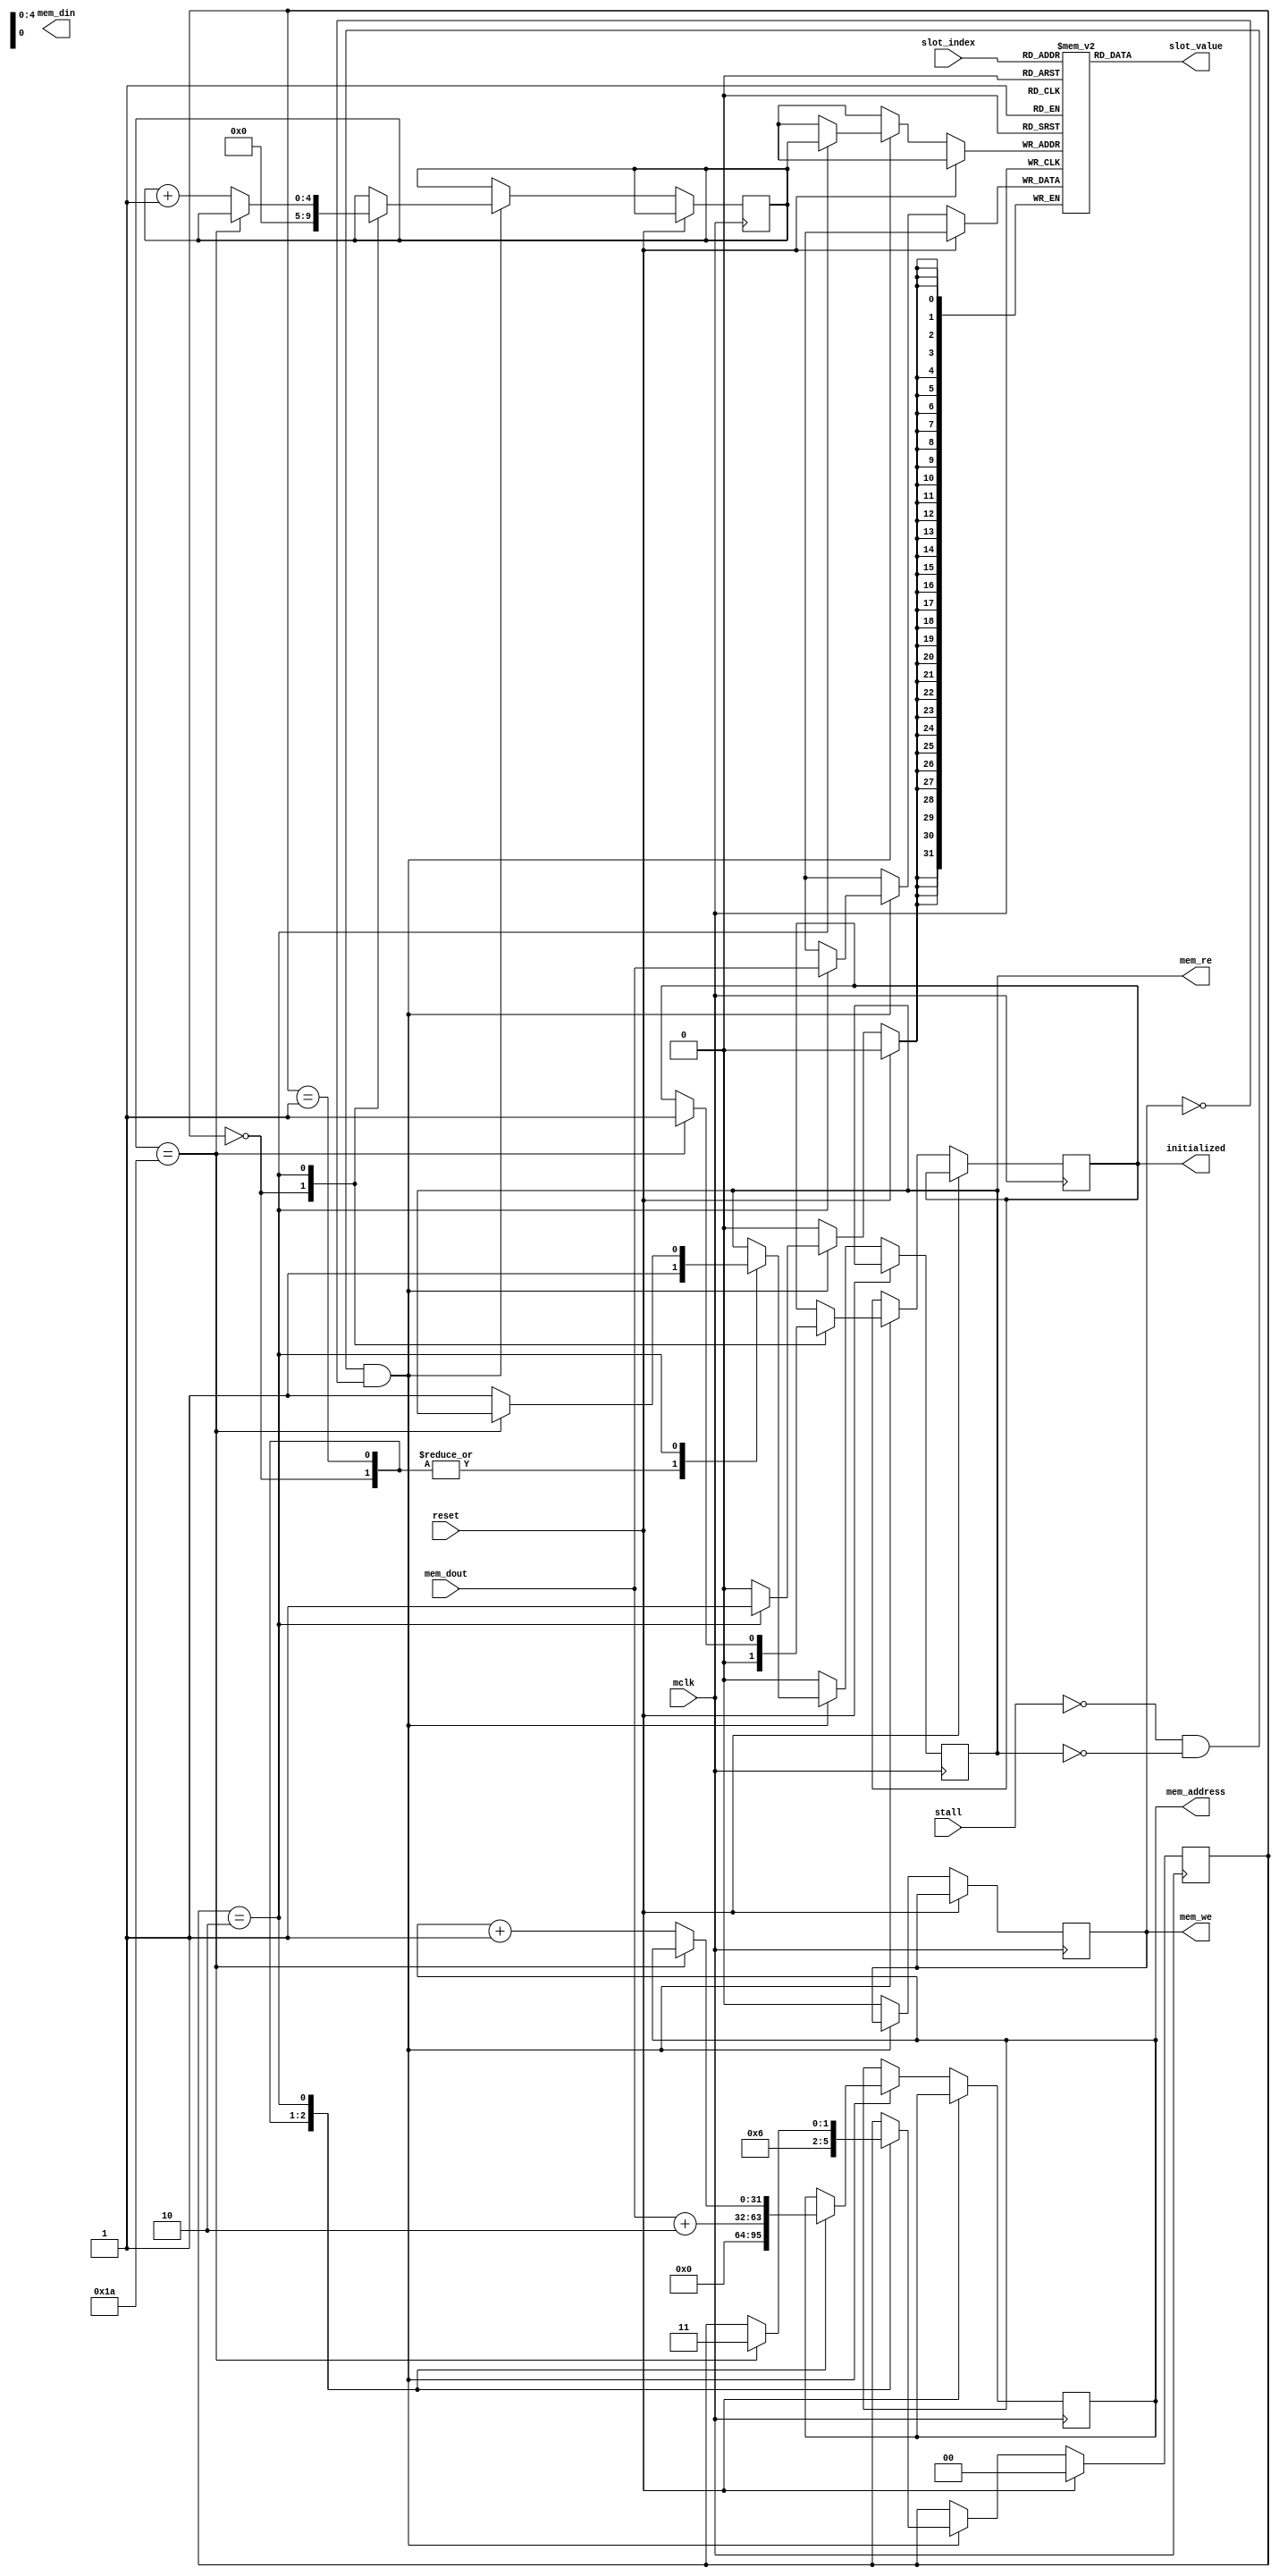
module object_store(
	input wire mclk,
	input wire stall,
	input wire reset,
	output reg[31:0] mem_address = 0,
	output reg[31:0] mem_din,
	input wire[31:0] mem_dout,
	output reg mem_re = 0,
	output reg mem_we = 0,
	input wire [4:0] slot_index,
	output wire[31:0] slot_value,
	output reg initialized = 0
);

parameter state_reset = 2'b00;
parameter state_load_ptr = 2'b01;
parameter state_load_regs = 2'b10;
parameter state_complete = 2'b11;
reg[1:0] state = state_reset;

parameter last_slot = 5'd26;
reg[4:0] store_index = 0;
reg[31:0] slots[0:26];

wire has_control = !stall && !mem_re && !mem_we;

// Should slots be wired or accessed via bus?
assign slot_value = slots[slot_index];

always @ (posedge mclk) begin
	if(reset) begin
		state <= state_reset;
	end else begin
		if(has_control) begin
			case(state)
				state_reset: begin
					// Read memory at address 0
					mem_address <= 31'b0;
					mem_re <= 1;
					state <= state_load_ptr;
					store_index <= 0;
					initialized <= 0;
				end
				state_load_ptr: begin
					// Read memory at location of first slot;
					mem_address <= mem_dout + 2; 
					mem_re <= 1;
					state <= state_load_regs;
				end
				state_load_regs: begin
					// Store slot value & increment memory address;
					slots[store_index] <= mem_dout;
					if(store_index == last_slot) begin
						state <= state_complete;
						initialized <= 1;
					end else begin
						mem_address <= mem_address + 1;
						store_index <= store_index + 1;
						mem_re <= 1;
					end
				end
				default: begin
					// Trap
				end
			endcase
		end else begin
			// No pipeline
			// Force machine to wait at least a cycle after asserting read/write
			// and ensure read/write is asserted for just one cycle.
			mem_we <= 0;
			mem_re <= 0;
		end
	end
end

endmodule